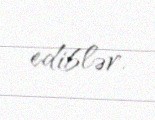
ediblər.